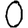
Digit: 0